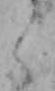
く